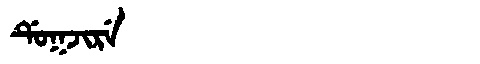
Manchu: ᡩᡠᡴᠵᡳᡵᡝ
Romanization: DUKJIRE